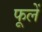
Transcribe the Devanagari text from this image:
फूलें